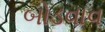
બોડવાવ